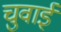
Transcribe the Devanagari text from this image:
चुवाई